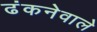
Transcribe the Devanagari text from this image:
ढंकनेवाले